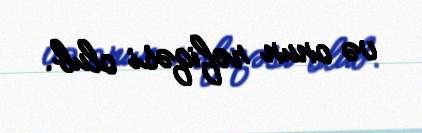
və onun rəfiqəsi olub.